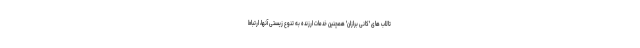
تالاب های 'کانی برازان' همچنین خدمات ارزنده به تنوع زیستی آنها، ارتباط